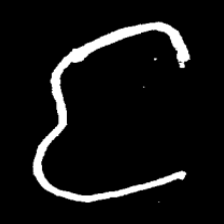
Pyu character \u2014 Myanmar letter: င (romanized: nga)